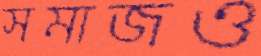
সমাজও